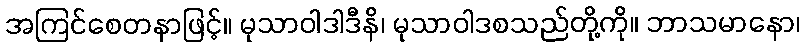
အကြင်စေတနာဖြင့်။ မုသာဝါဒါဒီနိ၊ မုသာဝါဒစသည်တို့ကို။ ဘာသမာနော၊